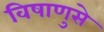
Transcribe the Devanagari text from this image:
विषाणुसे